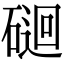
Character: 𥔯